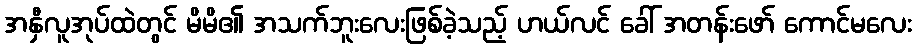
အနှီလူအုပ်ထဲတွင် မိမိ၏ အသက်ဘူးလေးဖြစ်ခဲ့သည့် ဟယ်လင် ခေါ် အတန်းဖော် ကောင်မလေး